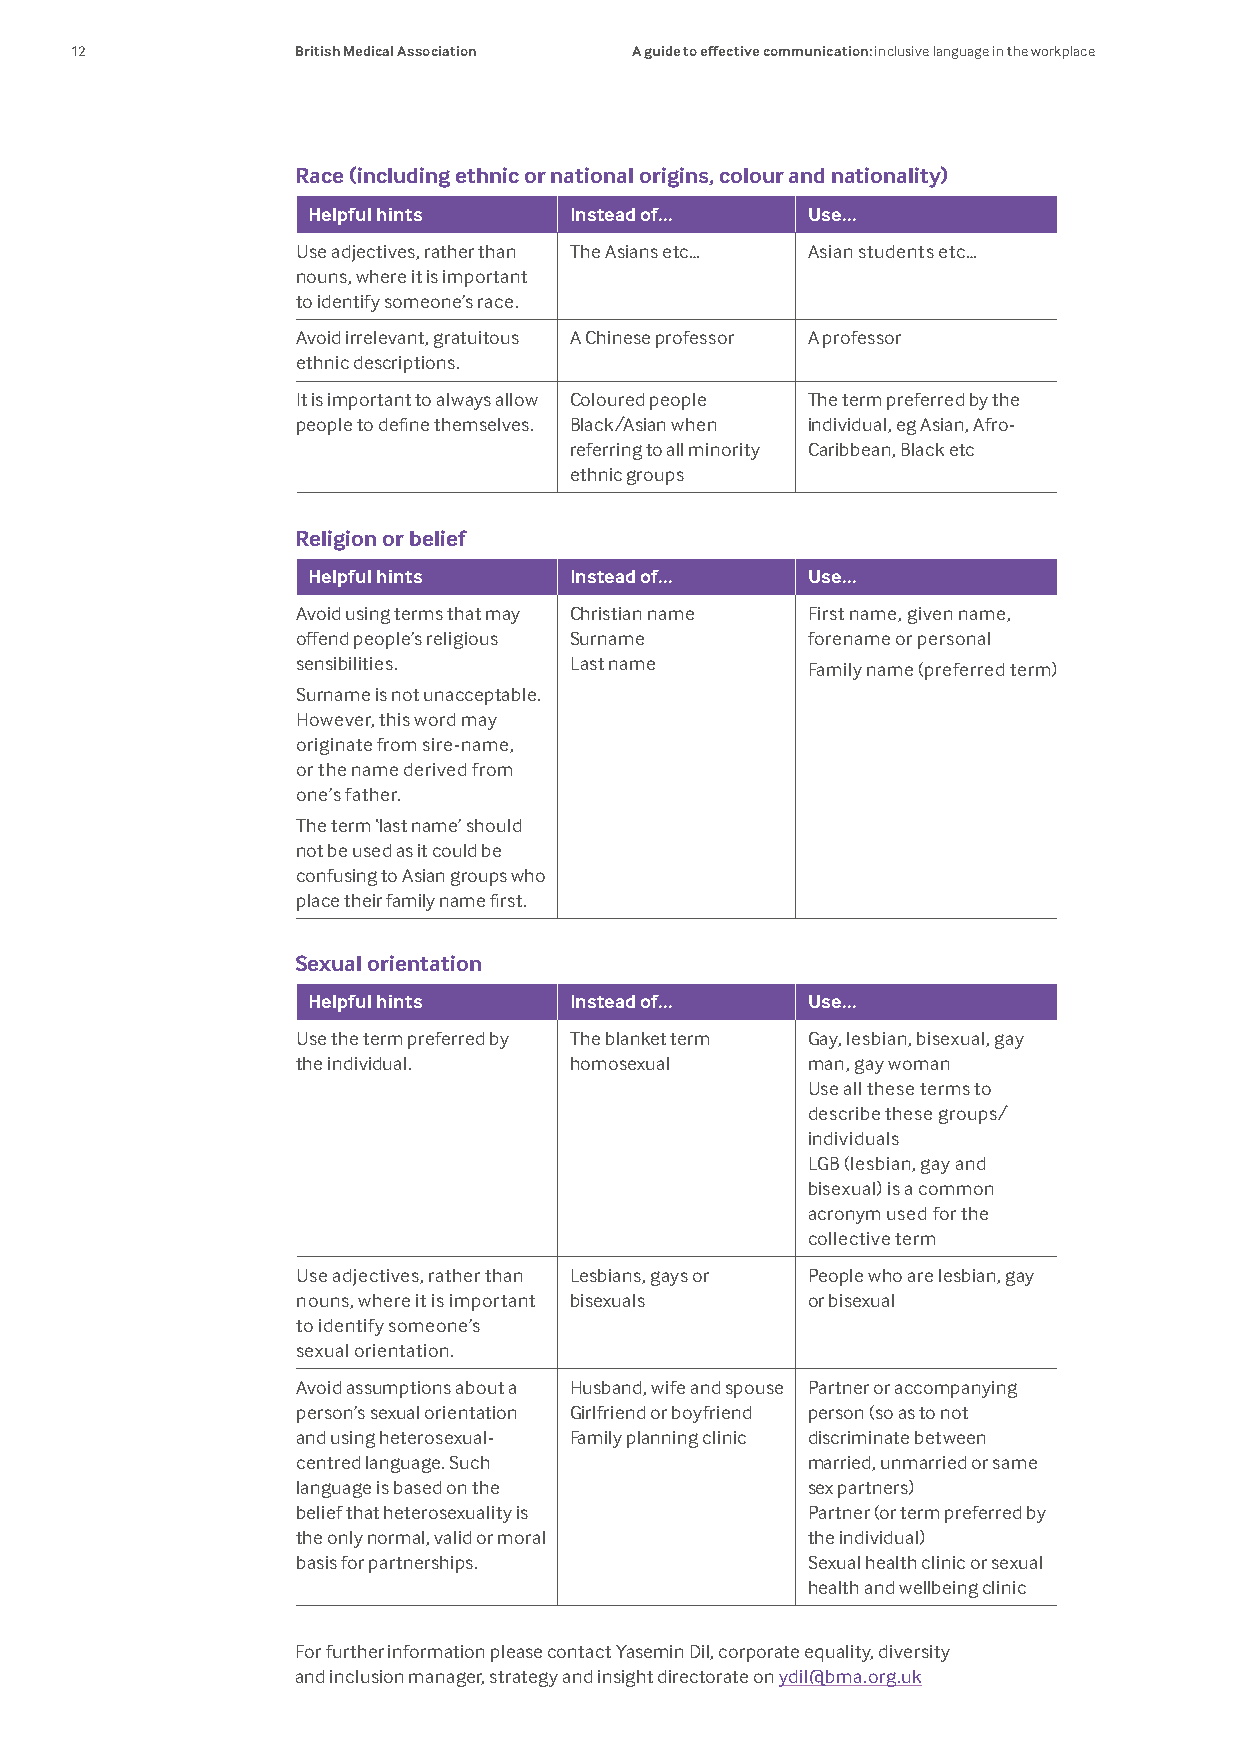
12             British Medical Association A guide to effective communication: inclusive language in the workplace
 Race (including ethnic or national origins, colour and nationality)
 Helpful hints     Instead of...  Use...
 Use adjectives, rather than The Asians etc… Asian students etc…
 nouns, where it is important
 to identify someone’s race.
 Avoid irrelevant, gratuitous A Chinese professor A professor
 ethnic descriptions.
 It is important to always allow Coloured people The term preferred by the
 people to define themselves. Black/Asian when individual, eg Asian, Afro-
 referring to all minority Caribbean, Black etc
 ethnic groups
 Religion or belief
 Helpful hints     Instead of...  Use...
 Avoid using terms that may Christian name First name, given name,
 offend people’s religious Surname forename or personal
 sensibilities.    Last name      Family name (preferred term)
 Surname is not unacceptable.
 However, this word may
 originate from sire-name,
 or the name derived from
 one’s father.
 The term ‘last name’ should
 not be used as it could be
 confusing to Asian groups who
 place their family name first.
 Sexual orientation
 Helpful hints     Instead of...  Use...
 Use the term preferred by The blanket term Gay, lesbian, bisexual, gay
 the individual.   homosexual     man, gay woman
 Use all these terms to
 describe these groups/
 individuals
 LGB (lesbian, gay and
 bisexual) is a common
 acronym used for the
 collective term
 Use adjectives, rather than Lesbians, gays or People who are lesbian, gay
 nouns, where it is important bisexuals or bisexual
 to identify someone’s
 sexual orientation.
 Avoid assumptions about a Husband, wife and spouse Partner or accompanying
 person’s sexual orientation Girlfriend or boyfriend person (so as to not
 and using heterosexual- Family planning clinic discriminate between
 centred language. Such           married, unmarried or same
 language is based on the         sex partners)
 belief that heterosexuality is   Partner (or term preferred by
 the only normal, valid or moral  the individual)
 basis for partnerships.          Sexual health clinic or sexual
 health and wellbeing clinic
 For further information please contact Yasemin Dil, corporate equality, diversity
 and inclusion manager, strategy and insight directorate on ydil@bma.org.uk